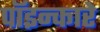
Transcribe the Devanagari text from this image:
पॉइन्कारे